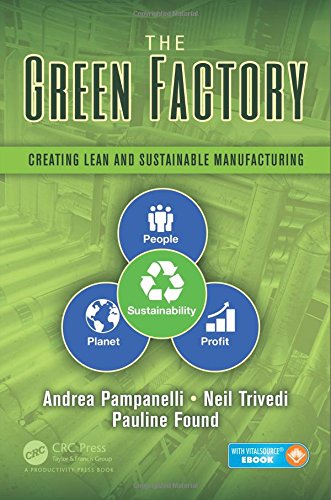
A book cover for The Green Factory: Creating Lean and Sustainable Manufacturing; Andrea Pampanelli; Business & Money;